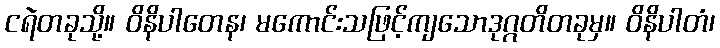
ငရဲတခုသို့။ ဝိနိပါတေန၊ မကောင်းသဖြင့်ကျသောဒုဂ္ဂတိတခုမှ။ ဝိနိပါတံ၊